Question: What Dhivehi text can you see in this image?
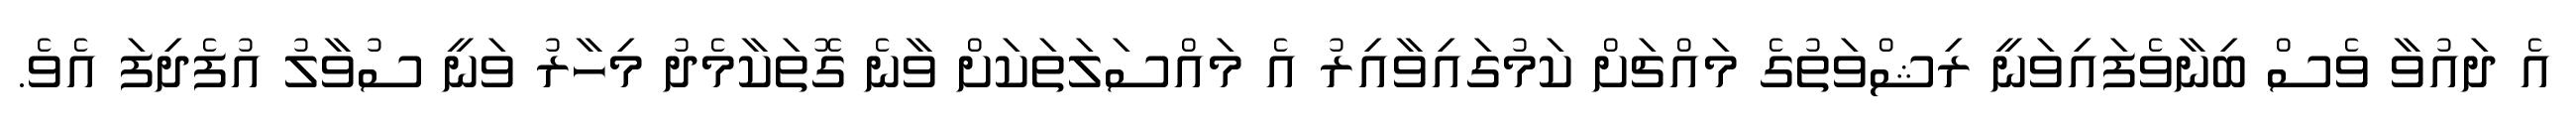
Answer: އެ ދައުވާ ވެސް ބިނާވެފައިވަނީ ރިޝްވަތުގެ މައްޗަށް ކަމުގައިވާއިރު އެ މައްސަލަތަކަށް ވާނެ ގޮތަކާމެދު މިހާރު ވަނީ ސުވާލު އުފެދިފަ އެވެ.